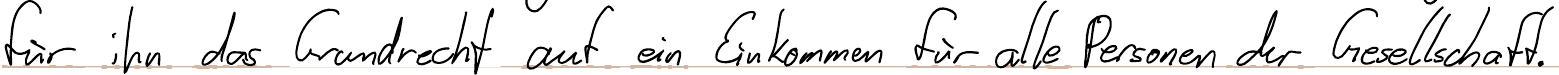
für ihn das Grundrecht auf ein Einkommen für alle Personen der Gesellschaft.